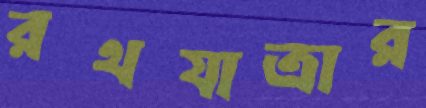
রথযাত্রার